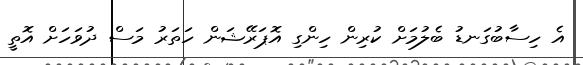
އެ ހިސާބުގަނޑު ބެލުމަށް ކުރިން ހިންގި އޮޕަރޭޝަން ހަތަރު މަސް ދުވަހަށް އޮތީ